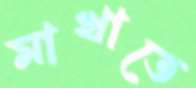
মাখাতে